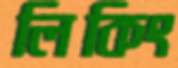
লিকিং